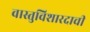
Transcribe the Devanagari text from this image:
वास्तुविशारदाची